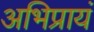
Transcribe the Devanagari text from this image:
अभिप्रायं